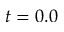
t = 0 . 0